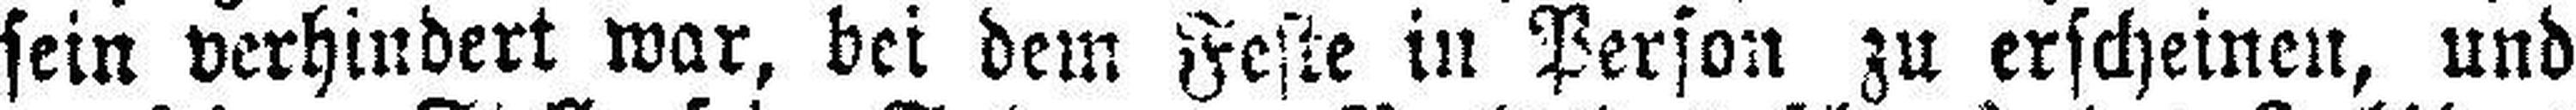
sein verhindert war, bei dem Feste in Person zu erscheinen, und